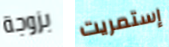
بزوجة إستمريت